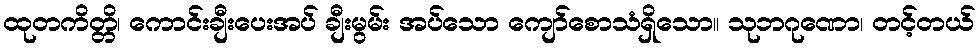
ထုတကိတ္တိ၊ ကောင်းချီးပေးအပ် ချီးမွမ်း အပ်သော ကျော်စောသံရှိသော။ သုဘဂုဏော၊ တင့်တယ်